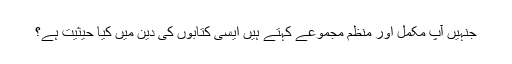
جنہیں آپ مکمل اور منظم مجموعے کہتے ہیں ایسی کتابوں کی دین میں کیا حیثیت ہے؟